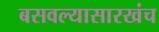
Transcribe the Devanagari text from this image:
बसवल्यासारखंच